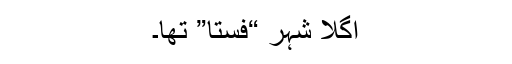
اگلا شہر “فستا” تھا۔